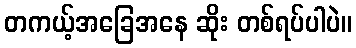
တကယ့်အခြေအနေ ဆိုး တစ်ရပ်ပါပဲ။